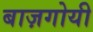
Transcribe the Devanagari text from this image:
बाज़गोयी